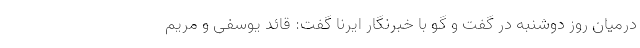
درمیان روز دوشنبه در گفت و گو با خبرنگار ایرنا گفت: قائد یوسفی و مریم